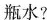
瓶水?